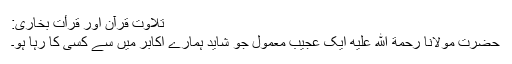
تلاوتِ قرآن اور قرأت بخاری:
حضرت مولانا رحمة الله عليه ایک عجیب معمول جو شاید ہمارے اکابر میں سے کسی کا رہا ہو۔